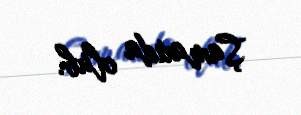
Şamaxıda olub.